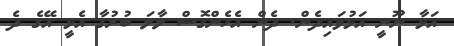
އަޅާ ނޫނީ އަޅުވައިދެން. ދެން އެހެންގޮސް ލާލަ ބުރުގާ އެޅީ އޭގެ ދެ